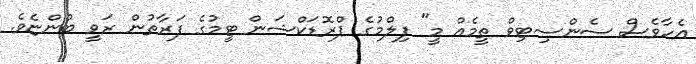
އެހާވެސް ސެންސިޓިވް ތީމެއް މީ" ފިލްމުގެ ޕްރޮޑަކްޝަން ޓީމުގެ ފަރާތުން ރަވީ ބުންޏެވެ.